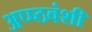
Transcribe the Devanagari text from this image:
अप्ष्ठवंशी